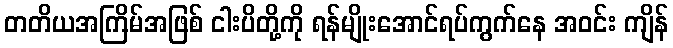
တတိယအကြိမ်အဖြစ် ငါးပိတို့ကို ရန်မျိုးအောင်ရပ်ကွက်နေ အဝင်း ကျိန်